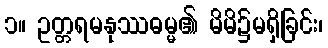
၁။ ဥတ္တရမနုဿဓမ္မ၏ မိမိ၌မရှိခြင်း၊